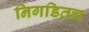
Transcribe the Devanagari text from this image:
निगडितच